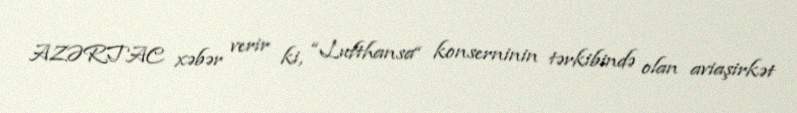
AZƏRTAC xəbər verir ki, “Lufthansa“ konserninin tərkibində olan aviaşirkət